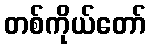
တစ်ကိုယ်တော်